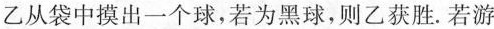
乙从袋中摸出一个球，若为黑球，则乙获胜。若